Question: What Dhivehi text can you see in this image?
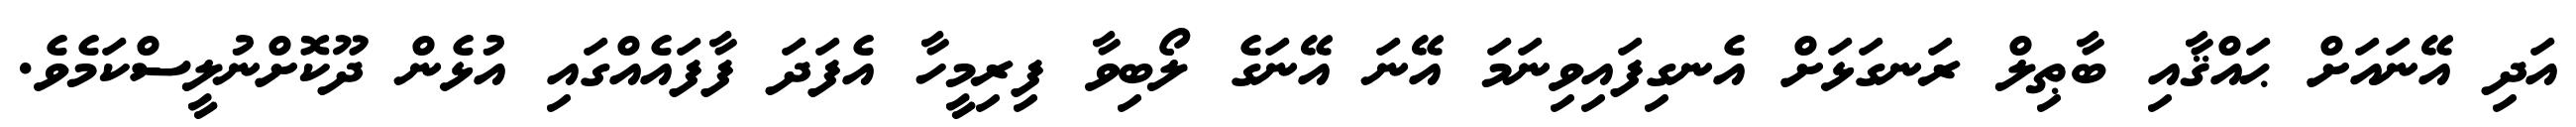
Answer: އަދި އޭނައަށް ޙައްޤާއި ބާޠިލް ރަނގަޅަށް އެނގިފައިވިނަމަ އޭނަ އޭނަގެ ލޯބިވާ ފިރިމީހާ އެފަދަ ފާފައެއްގައި އުޅެން ދޫކޮށްނުލީސްކަމެވެ.